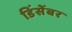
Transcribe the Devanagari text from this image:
डिंसेंबर